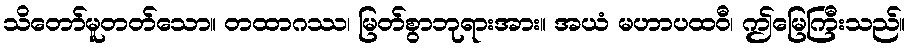
သိတော်မူတတ်သော။ တထာဂဿ၊ မြတ်စွာဘုရားအား။ အယံ မဟာပထဝီ၊ ဤမြေကြီးသည်။